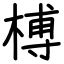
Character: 榑